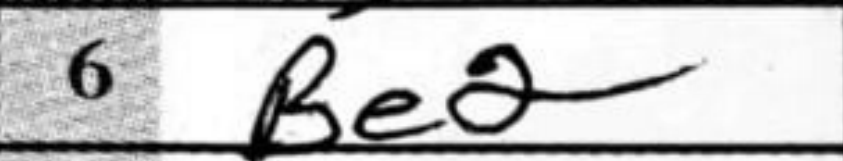
Transcription: Be2